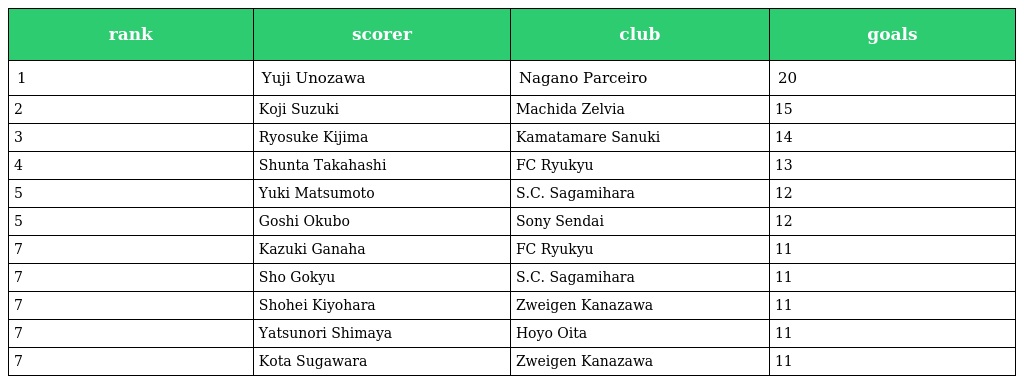
| rank | scorer | club | goals |
 | --- | --- | --- | --- |
 | 1 | Yuji Unozawa | Nagano Parceiro | 20 |
 | 2 | Koji Suzuki | Machida Zelvia | 15 |
 | 3 | Ryosuke Kijima | Kamatamare Sanuki | 14 |
 | 4 | Shunta Takahashi | FC Ryukyu | 13 |
 | 5 | Yuki Matsumoto | S.C. Sagamihara | 12 |
 | 5 | Goshi Okubo | Sony Sendai | 12 |
 | 7 | Kazuki Ganaha | FC Ryukyu | 11 |
 | 7 | Sho Gokyu | S.C. Sagamihara | 11 |
 | 7 | Shohei Kiyohara | Zweigen Kanazawa | 11 |
 | 7 | Yatsunori Shimaya | Hoyo Oita | 11 |
 | 7 | Kota Sugawara | Zweigen Kanazawa | 11 |